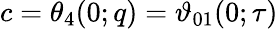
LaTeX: c=\theta_{4}(0;q)=\vartheta_{01}(0;\tau)